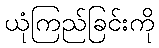
ယုံကြည်ခြင်းကို